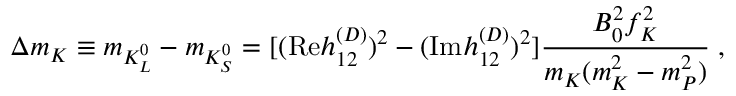
\Delta m _ { K } \equiv m _ { K _ { L } ^ { 0 } } - m _ { K _ { S } ^ { 0 } } = [ ( \mathrm { R e } h _ { 1 2 } ^ { ( D ) } ) ^ { 2 } - ( \mathrm { I m } h _ { 1 2 } ^ { ( D ) } ) ^ { 2 } ] \frac { B _ { 0 } ^ { 2 } f _ { K } ^ { 2 } } { m _ { K } ( m _ { K } ^ { 2 } - m _ { P } ^ { 2 } ) } \; , \nonumber